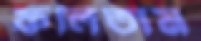
ফলিতাম